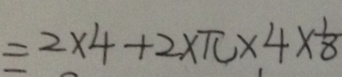
= 2 \times 4 + 2 \times \pi + 4 \times \frac { 1 } { 8 }